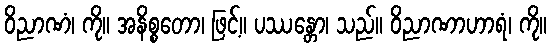
ဝိညာဏံ၊ ကို။ အနိစ္စတော၊ ဖြင့်။ ပဿန္တော၊ သည်။ ဝိညာဏာဟာရံ၊ ကို။